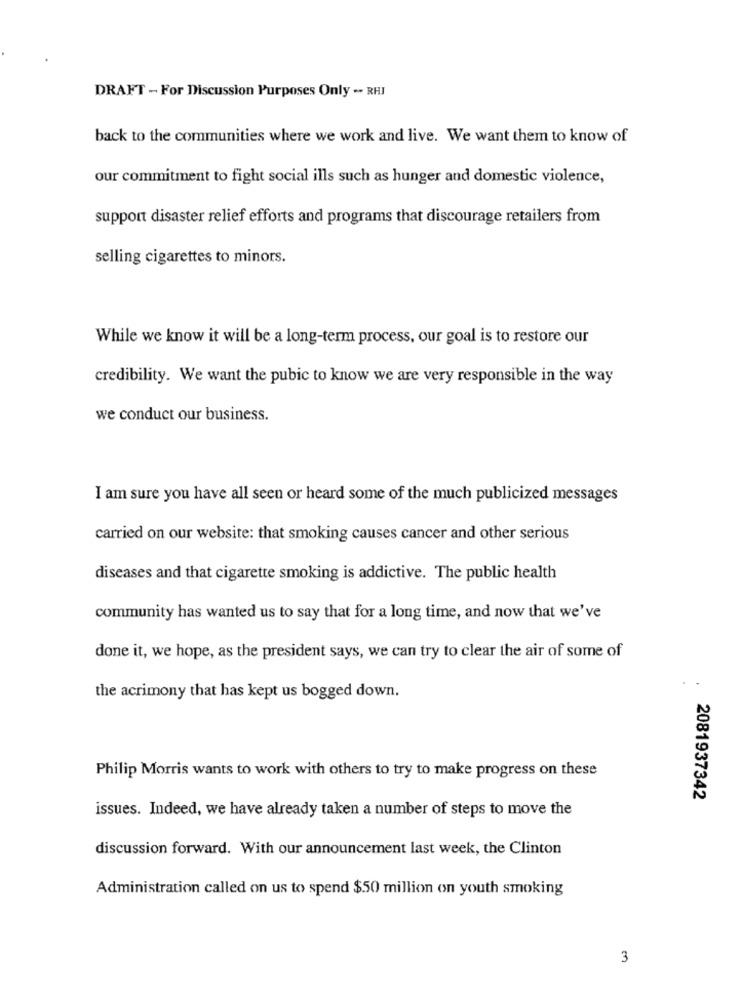
DRAFT - For Discussion Purposes Only .. RHI
back to the communities where we work and live. We want them to know of
our commitment to fight social ills such as hunger and domestic violence,
support disaster relief efforts and programs that discourage retailers from
selling cigarettes to minors.
While we know it will be a long-term process, our goal is to restore our
credibility. We want the pubic to know we are very responsible in the way
we conduct our business.
I am sure you have all seen or heard some of the much publicized messages
carried on our website: that smoking causes cancer and other serious
diseases and that cigarette smoking is addictive. The public health
community has wanted us to say that for a long time, and now that we've
done it, we hope, as the president says, we can try to clear the air of some of
the acrimony that has kept us bogged down.
Philip Morris wants to work with others to try to make progress on these
2081937342
issues. Indeed, we have already taken a number of steps to move the
discussion forward. With our announcement last week, the Clinton
Administration called on us to spend $50 million on youth smoking
3